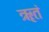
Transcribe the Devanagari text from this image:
ॠतं